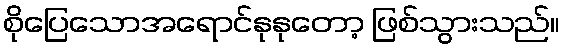
စိုပြေသောအရောင်နုနုတော့ ဖြစ်သွားသည်။